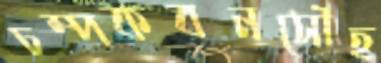
চম্পকবনসৌহ